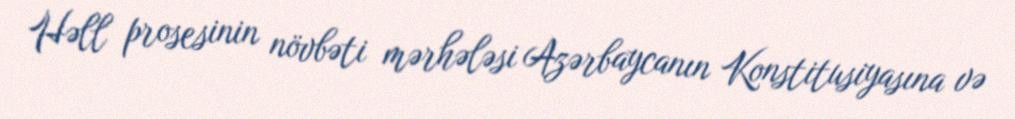
Həll prosesinin növbəti mərhələsi Azərbaycanın Konstitusiyasına və